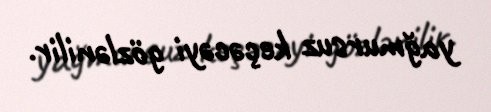
yağmursuz keçəcəyi gözlənilir.